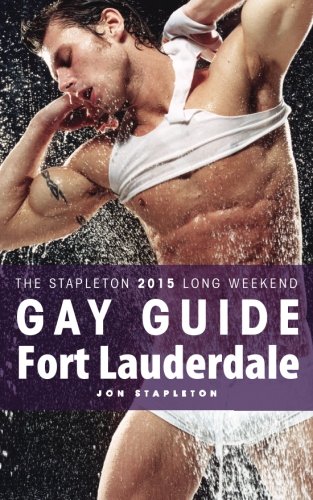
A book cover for Fort Lauderdale - The Stapleton 2015 Long Weekend Gay Guide (Stapleton Gay Guides); Jon Stapleton; Gay & Lesbian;